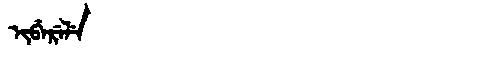
Manchu: ᡳᠪᡝᡵᡝᠯᡝ
Romanization: IBERELE